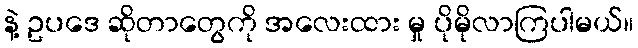
နဲ့ ဥပဒေ ဆိုတာတွေကို အလေးထား မှု ပိုမိုလာကြပါမယ်။